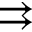
\rightrightarrows